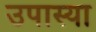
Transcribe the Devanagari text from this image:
उपास्या